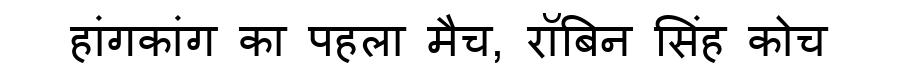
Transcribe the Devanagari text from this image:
हांगकांग का पहला मैच, रॉबिन सिंह कोच